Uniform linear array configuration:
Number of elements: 4
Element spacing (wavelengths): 0.75
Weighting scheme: kaiser
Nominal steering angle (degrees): -60
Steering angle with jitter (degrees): -59.583
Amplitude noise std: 0.05
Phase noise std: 0.05

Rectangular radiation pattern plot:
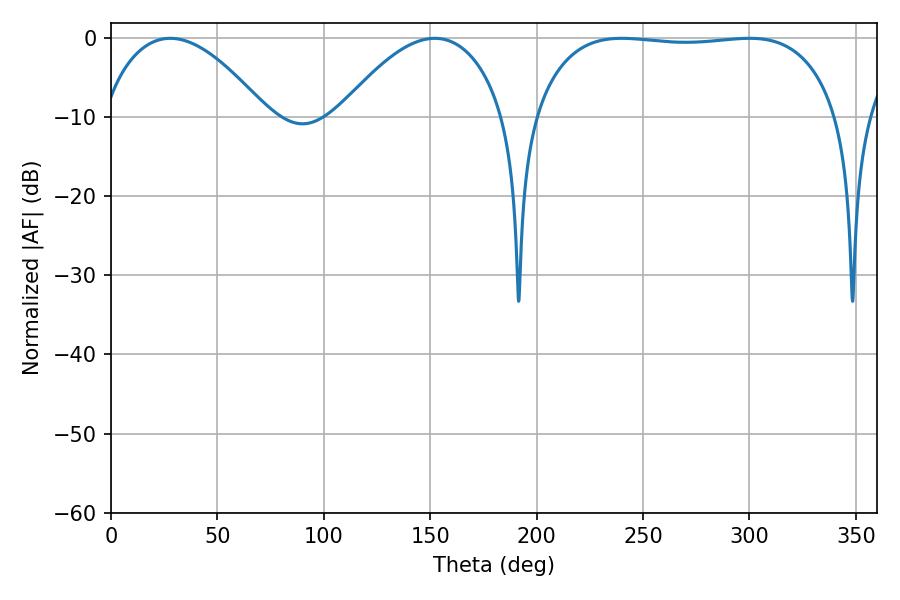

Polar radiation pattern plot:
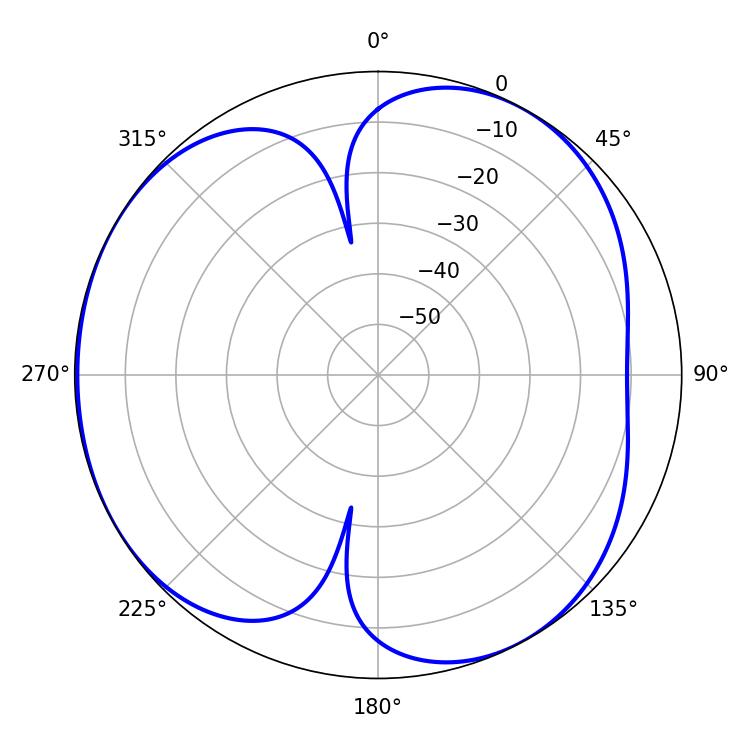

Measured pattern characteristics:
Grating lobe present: TRUE
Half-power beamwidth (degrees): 113.4
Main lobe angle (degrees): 239.94